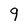
Character: 9